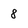
Character: 8